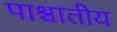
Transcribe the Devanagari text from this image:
पाश्चातीय